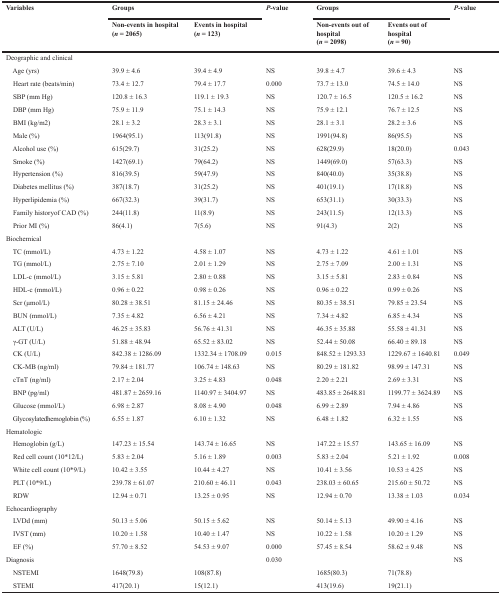
<table><thead><tr><td rowspan="2"><b>Variables</b></td><td colspan="2"><b>Groups</b></td><td rowspan="2"><b><i>P</i>-value</b></td><td colspan="2"><b>Groups</b></td><td rowspan="2"><b><i>P</i>-value</b></td></tr><tr><td><b>Non-events in hospital (<i>n</i> = 2065)</b></td><td><b>Events in hospital (<i>n</i> = 123)</b></td><td><b>Non-events out of hospital (<i>n</i> = 2098)</b></td><td><b>Events out of hospital (<i>n</i> = 90)</b></td></tr></thead><tbody><tr><td>Deographic and clinical</td><td></td><td></td><td></td><td></td><td></td><td></td></tr><tr><td> Age (yrs)</td><td>39.9 ± 4.6</td><td>39.4 ± 4.9</td><td>NS</td><td>39.8 ± 4.7</td><td>39.6 ± 4.3</td><td>NS</td></tr><tr><td> Heart rate (beats/min)</td><td>73.4 ± 12.7</td><td>79.4 ± 17.7</td><td>0.000</td><td>73.7 ± 13.0</td><td>74.5 ± 14.0</td><td>NS</td></tr><tr><td> SBP (mm Hg)</td><td>120.8 ± 16.3</td><td>119.1 ± 19.3</td><td>NS</td><td>120.7 ± 16.5</td><td>120.5 ± 16.2</td><td>NS</td></tr><tr><td> DBP (mm Hg)</td><td>75.9 ± 11.9</td><td>75.1 ± 14.3</td><td>NS</td><td>75.9 ± 12.1</td><td>76.7 ± 12.5</td><td>NS</td></tr><tr><td> BMI (kg/m2)</td><td>28.1 ± 3.2</td><td>28.3 ± 3.1</td><td>NS</td><td>28.1 ± 3.1</td><td>28.2 ± 3.6</td><td>NS</td></tr><tr><td> Male (%)</td><td>1964(95.1)</td><td>113(91.8)</td><td>NS</td><td>1991(94.8)</td><td>86(95.5)</td><td>NS</td></tr><tr><td> Alcohol use (%)</td><td>615(29.7)</td><td>31(25.2)</td><td>NS</td><td>628(29.9)</td><td>18(20.0)</td><td>0.043</td></tr><tr><td> Smoke (%)</td><td>1427(69.1)</td><td>79(64.2)</td><td>NS</td><td>1449(69.0)</td><td>57(63.3)</td><td>NS</td></tr><tr><td> Hypertension (%)</td><td>816(39.5)</td><td>59(47.9)</td><td>NS</td><td>840(40.0)</td><td>35(38.8)</td><td>NS</td></tr><tr><td> Diabetes mellitus (%)</td><td>387(18.7)</td><td>31(25.2)</td><td>NS</td><td>401(19.1)</td><td>17(18.8)</td><td>NS</td></tr><tr><td> Hyperlipidemia (%)</td><td>667(32.3)</td><td>39(31.7)</td><td>NS</td><td>653(31.1)</td><td>30(33.3)</td><td>NS</td></tr><tr><td> Family historyof CAD (%)</td><td>244(11.8)</td><td>11(8.9)</td><td>NS</td><td>243(11.5)</td><td>12(13.3)</td><td>NS</td></tr><tr><td> Prior MI (%)</td><td>86(4.1)</td><td>7(5.6)</td><td>NS</td><td>91(4.3)</td><td>2(2)</td><td>NS</td></tr><tr><td>Biochemical</td><td></td><td></td><td></td><td></td><td></td><td></td></tr><tr><td> TC (mmol/L)</td><td>4.73 ± 1.22</td><td>4.58 ± 1.07</td><td>NS</td><td>4.73 ± 1.22</td><td>4.61 ± 1.01</td><td>NS</td></tr><tr><td> TG (mmol/L)</td><td>2.75 ± 7.10</td><td>2.01 ± 1.29</td><td>NS</td><td>2.75 ± 7.09</td><td>2.00 ± 1.31</td><td>NS</td></tr><tr><td> LDL-c (mmol/L)</td><td>3.15 ± 5.81</td><td>2.80 ± 0.88</td><td>NS</td><td>3.15 ± 5.81</td><td>2.83 ± 0.84</td><td>NS</td></tr><tr><td> HDL-c (mmol/L)</td><td>0.96 ± 0.22</td><td>0.98 ± 0.26</td><td>NS</td><td>0.96 ± 0.22</td><td>0.99 ± 0.26</td><td>NS</td></tr><tr><td> Scr (μmol/L)</td><td>80.28 ± 38.51</td><td>81.15 ± 24.46</td><td>NS</td><td>80.35 ± 38.51</td><td>79.85 ± 23.54</td><td>NS</td></tr><tr><td> BUN (mmol/L)</td><td>7.35 ± 4.82</td><td>6.56 ± 4.21</td><td>NS</td><td>7.34 ± 4.82</td><td>6.85 ± 4.34</td><td>NS</td></tr><tr><td> ALT (U/L)</td><td>46.25 ± 35.83</td><td>56.76 ± 41.31</td><td>NS</td><td>46.35 ± 35.88</td><td>55.58 ± 41.31</td><td>NS</td></tr><tr><td> γ-GT (U/L)</td><td>51.88 ± 48.94</td><td>65.52 ± 83.02</td><td>NS</td><td>52.44 ± 50.08</td><td>66.40 ± 89.18</td><td>NS</td></tr><tr><td> CK (U/L)</td><td>842.38 ± 1286.09</td><td>1332.34 ± 1708.09</td><td>0.015</td><td>848.52 ± 1293.33</td><td>1229.67 ± 1640.81</td><td>0.049</td></tr><tr><td> CK-MB (ng/ml)</td><td>79.84 ± 181.77</td><td>106.74 ± 148.63</td><td>NS</td><td>80.29 ± 181.82</td><td>98.99 ± 147.31</td><td>NS</td></tr><tr><td> cTnT (ng/ml)</td><td>2.17 ± 2.04</td><td>3.25 ± 4.83</td><td>0.048</td><td>2.20 ± 2.21</td><td>2.69 ± 3.31</td><td>NS</td></tr><tr><td> BNP (pg/ml)</td><td>481.87 ± 2659.16</td><td>1140.97 ± 3404.97</td><td>NS</td><td>483.85 ± 2648.81</td><td>1199.77 ± 3624.89</td><td>NS</td></tr><tr><td> Glucose (mmol/L)</td><td>6.98 ± 2.87</td><td>8.08 ± 4.90</td><td>0.048</td><td>6.99 ± 2.89</td><td>7.94 ± 4.86</td><td>NS</td></tr><tr><td> Glycosylatedhemoglobin (%)</td><td>6.55 ± 1.87</td><td>6.10 ± 1.32</td><td>NS</td><td>6.48 ± 1.82</td><td>6.32 ± 1.55</td><td>NS</td></tr><tr><td>Hematologic</td><td></td><td></td><td></td><td></td><td></td><td></td></tr><tr><td> Hemoglobin (g/L)</td><td>147.23 ± 15.54</td><td>143.74 ± 16.65</td><td>NS</td><td>147.22 ± 15.57</td><td>143.65 ± 16.09</td><td>NS</td></tr><tr><td> Red cell count (10*12/L)</td><td>5.83 ± 2.04</td><td>5.16 ± 1.89</td><td>0.003</td><td>5.83 ± 2.04</td><td>5.21 ± 1.92</td><td>0.008</td></tr><tr><td> White cell count (10*9/L)</td><td>10.42 ± 3.55</td><td>10.44 ± 4.27</td><td>NS</td><td>10.41 ± 3.56</td><td>10.53 ± 4.25</td><td>NS</td></tr><tr><td> PLT (10*9/L)</td><td>239.78 ± 61.07</td><td>210.60 ± 46.11</td><td>0.043</td><td>238.03 ± 60.65</td><td>215.60 ± 50.72</td><td>NS</td></tr><tr><td> RDW</td><td>12.94 ± 0.71</td><td>13.25 ± 0.95</td><td>NS</td><td>12.94 ± 0.70</td><td>13.38 ± 1.03</td><td>0.034</td></tr><tr><td>Echocardiography</td><td></td><td></td><td></td><td></td><td></td><td></td></tr><tr><td> LVDd (mm)</td><td>50.13 ± 5.06</td><td>50.15 ± 5.62</td><td>NS</td><td>50.14 ± 5.13</td><td>49.90 ± 4.16</td><td>NS</td></tr><tr><td> IVST (mm)</td><td>10.20 ± 1.58</td><td>10.40 ± 1.47</td><td>NS</td><td>10.22 ± 1.58</td><td>10.20 ± 1.29</td><td>NS</td></tr><tr><td> EF (%)</td><td>57.70 ± 8.52</td><td>54.53 ± 9.07</td><td>0.000</td><td>57.45 ± 8.54</td><td>58.62 ± 9.48</td><td>NS</td></tr><tr><td>Diagnosis</td><td></td><td></td><td>0.030</td><td></td><td></td><td>NS</td></tr><tr><td> NSTEMI</td><td>1648(79.8)</td><td>108(87.8)</td><td></td><td>1685(80.3)</td><td>71(78.8)</td><td></td></tr><tr><td> STEMI</td><td>417(20.1)</td><td>15(12.1)</td><td></td><td>413(19.6)</td><td>19(21.1)</td><td></td></tr></tbody></table>